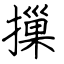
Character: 摷